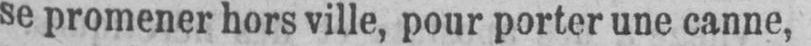
se promener hors ville, pour porter une canne,